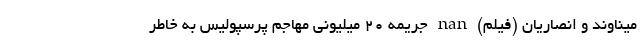
میناوند و انصاریان (فیلم) nan جریمه ۲۰ میلیونی مهاجم پرسپولیس به خاطر